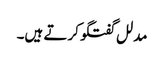
مدلل گفتگو کرتے ہیں۔